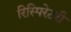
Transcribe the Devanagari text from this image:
रिस्पिरेटरी